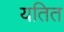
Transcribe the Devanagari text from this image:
यतित